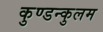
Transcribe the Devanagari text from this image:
कुण्डन्कुलम